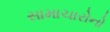
સામાચારોનો